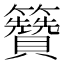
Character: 籫